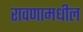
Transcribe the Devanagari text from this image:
रावणामधील